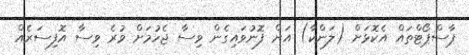
ޕާސްޕޯޓްތައް އެކޮޅަށް (ލަންކާ) އަށް ފޮނުވައިގެން ވިސާ ޖެހުމަށް ވުރެ ވިސާ އޮފިސަރެއް